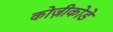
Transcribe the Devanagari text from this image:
कोज़ीकोडे